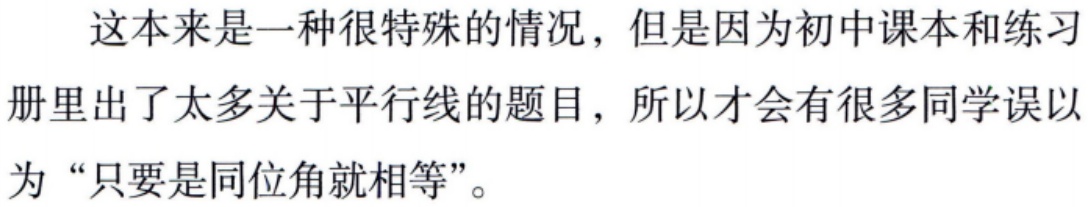
这本来是一种很特殊的情况，但是因为初中课本和练习
册里出了太多关于平行线的题目，所以才会有很多同学误以
为“只要是同位角就相等”。